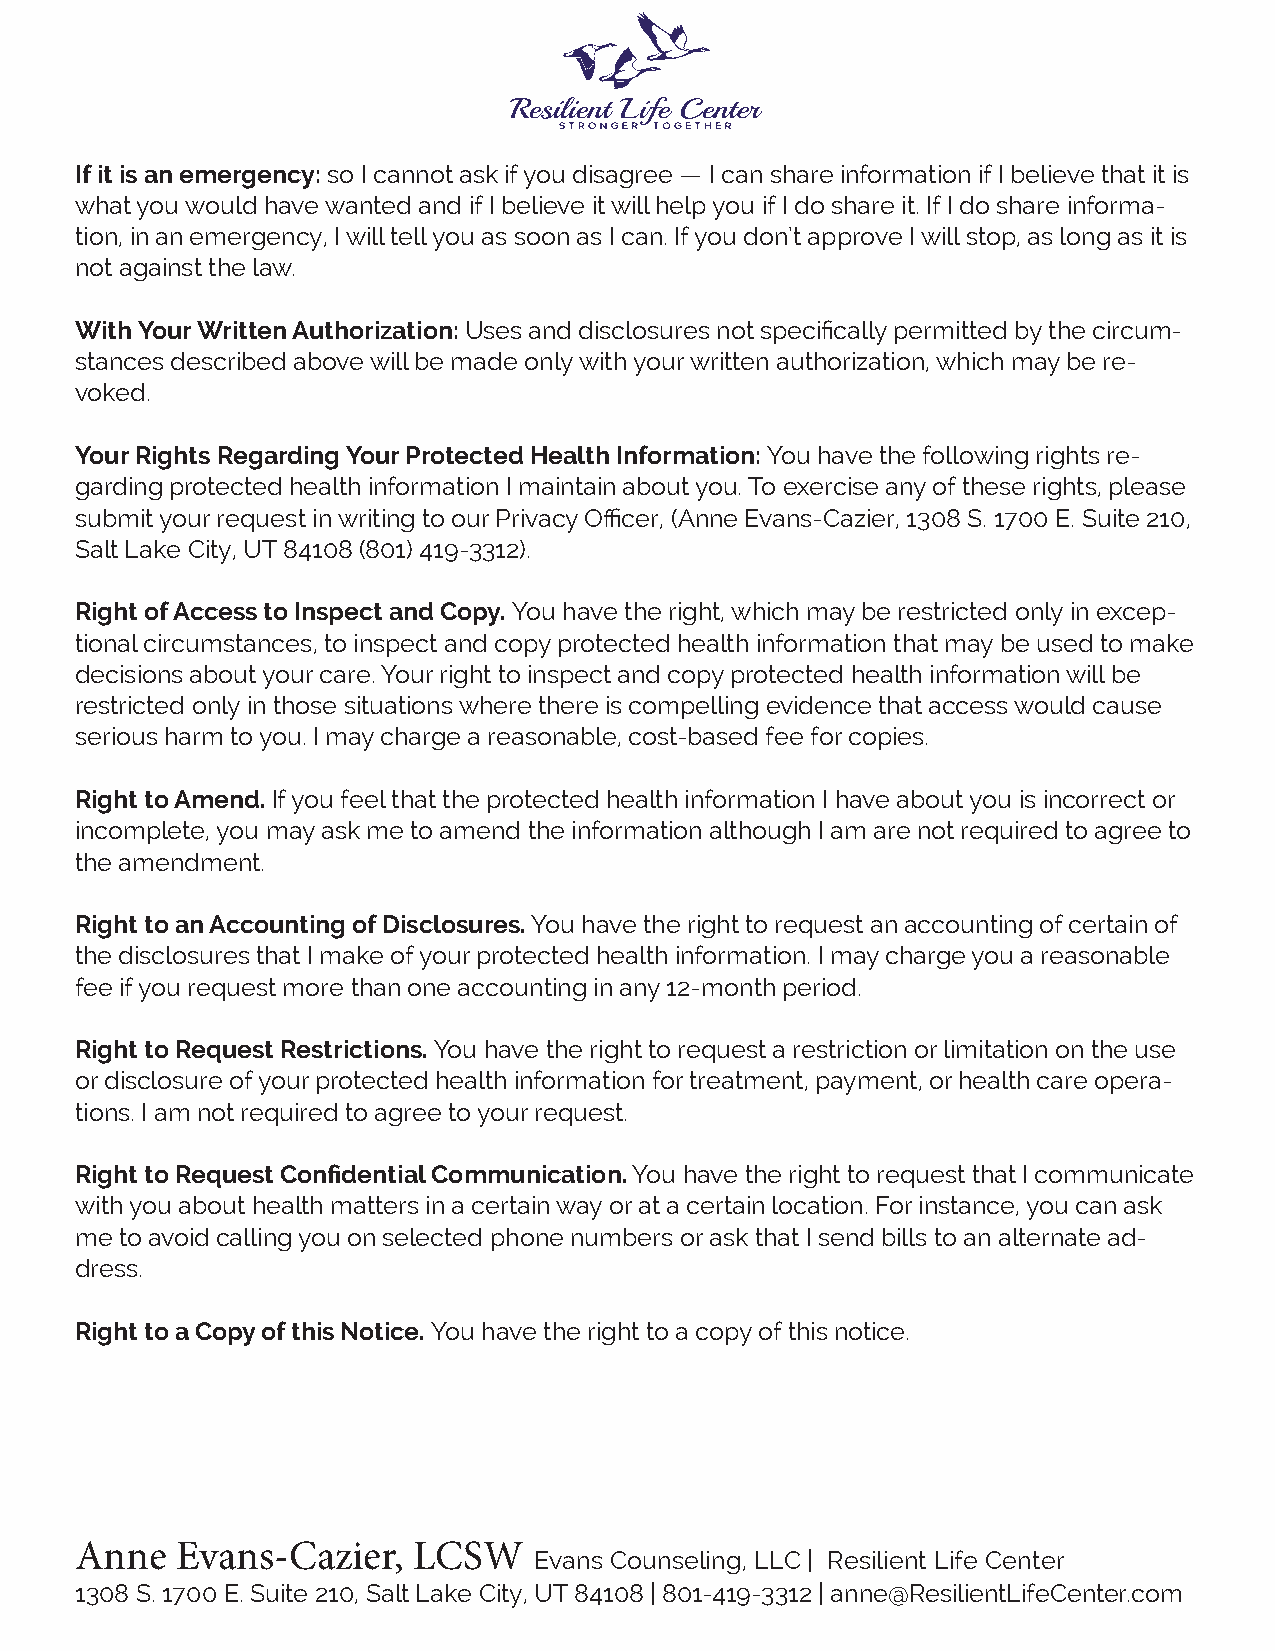
If it is an emergency: so I cannot ask if you disagree — I can share information if I believe that it is
 what you would have wanted and if I believe it will help you if I do share it. If I do share informa-
 tion, in an emergency, I will tell you as soon as I can. If you don’t approve I will stop, as long as it is
 not against the law.
 With Your Written Authorization: Uses and disclosures not specifically permitted by the circum-
 stances described above will be made only with your written authorization, which may be re-
 voked.
 Your Rights Regarding Your Protected Health Information: You have the following rights re-
 garding protected health information I maintain about you. To exercise any of these rights, please
 submit your request in writing to our Privacy Officer, (Anne Evans-Cazier, 1308 S. 1700 E. Suite 210,
 Salt Lake City, UT 84108 (801) 419-3312).
 Right of Access to Inspect and Copy. You have the right, which may be restricted only in excep-
 tional circumstances, to inspect and copy protected health information that may be used to make
 decisions about your care. Your right to inspect and copy protected health information will be
 restricted only in those situations where there is compelling evidence that access would cause
 serious harm to you. I may charge a reasonable, cost-based fee for copies.
 Right to Amend. If you feel that the protected health information I have about you is incorrect or
 incomplete, you may ask me to amend the information although I am are not required to agree to
 the amendment.
 Right to an Accounting of Disclosures. You have the right to request an accounting of certain of
 the disclosures that I make of your protected health information. I may charge you a reasonable
 fee if you request more than one accounting in any 12-month period.
 Right to Request Restrictions. You have the right to request a restriction or limitation on the use
 or disclosure of your protected health information for treatment, payment, or health care opera-
 tions. I am not required to agree to your request.
 Right to Request Confidential Communication. You have the right to request that I communicate
 with you about health matters in a certain way or at a certain location. For instance, you can ask
 me to avoid calling you on selected phone numbers or ask that I send bills to an alternate ad-
 dress.
 Right to a Copy of this Notice. You have the right to a copy of this notice.
 Anne   Evans-Cazier,  LCSW
 Evans Counseling, LLC | Resilient Life Center
 1308 S. 1700 E. Suite 210, Salt Lake City, UT 84108 | 801-419-3312 | anne@ResilientLifeCenter.com